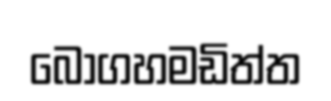
බෝගහමඩිත්ත